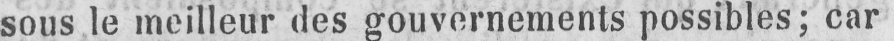
sous le meilleur des gouvernements possibles; car